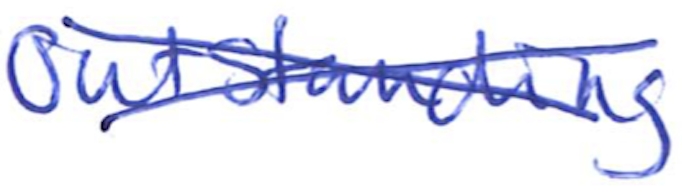
Text: Outstanding
Cross-out: cross
Writing tool: ballpoint